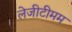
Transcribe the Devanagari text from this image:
लेजीटीमम